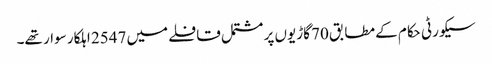
سیکورٹی حکام کے مطابق 70 گاڑیوں پر مشتمل قافلے میں 2547 اہلکار سوار تھے۔